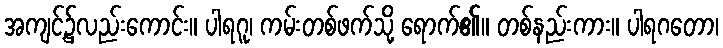
အကျင့်၌လည်းကောင်း။ ပါရဂူ၊ ကမ်းတစ်ဖက်သို့ ရောက်၏။ တစ်နည်းကား။ ပါရဂတော၊